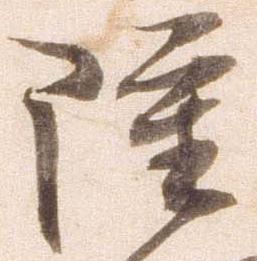
雖